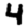
Digit: 4